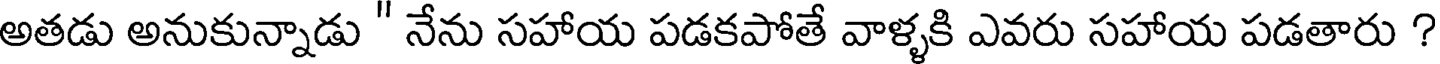
అతడు అనుకున్నాడు " నేను సహాయ పడకపోతే వాళ్ళకి ఎవరు సహాయ పడతారు ?